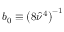
b _ { 0 } \equiv \left( 8 \hat { \nu } ^ { 4 } \right) ^ { - 1 }